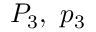
P _ { 3 } , \ p _ { 3 }